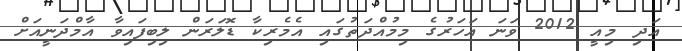
އަދި މިއީ 2012 ވަނަ އަހަރުގެ މިމުއްދަތުގައި އެމެރިކާ ޑޮލަރަން ލިބިފައިވާ އާމްދަނީއަށް